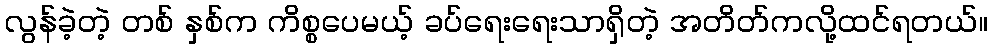
လွန်ခဲ့တဲ့ တစ် နှစ်က ကိစ္စပေမယ့် ခပ်ရေးရေးသာရှိတဲ့ အတိတ်ကလို့ထင်ရတယ်။